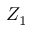
Z _ { 1 }